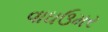
વાઘઉમર